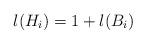
LaTeX: \begin{align*}l(H_i) = 1 + l(B_i)\end{align*}